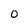
Character: 0